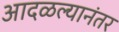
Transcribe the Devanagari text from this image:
आदळल्यानंतर